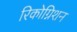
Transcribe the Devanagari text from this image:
रिकोग्निशन